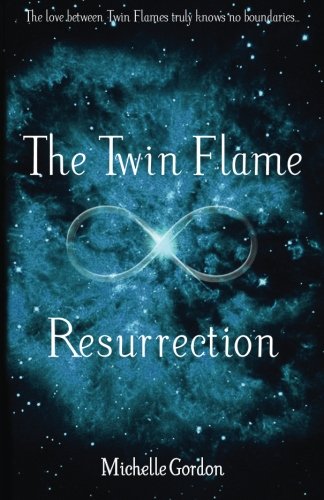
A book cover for The Twin Flame Resurrection (Earth Angels) (Volume 6); Michelle Gordon; Literature & Fiction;